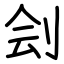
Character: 刽